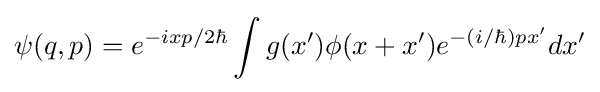
\psi (q,p)=e^{-ixp/2\hbar }\int g(x')\phi (x+x')e^{-(i/\hbar )px'}dx'